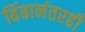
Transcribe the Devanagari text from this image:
बिंबानंतरही